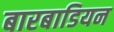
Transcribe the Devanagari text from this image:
बारबाडियन